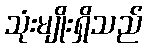
သုံးမျိုးရှိသည်